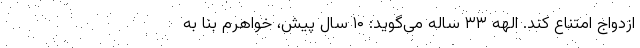
ازدواج امتناع کند. الهه ۳۳ ساله می‌گوید: ۱۰ سال پیش، خواهرم بنا به